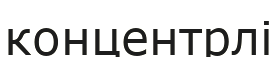
концентрлі